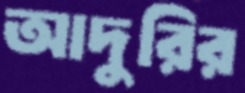
আদুরির